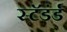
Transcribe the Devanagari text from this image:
स्टॅडंर्ड